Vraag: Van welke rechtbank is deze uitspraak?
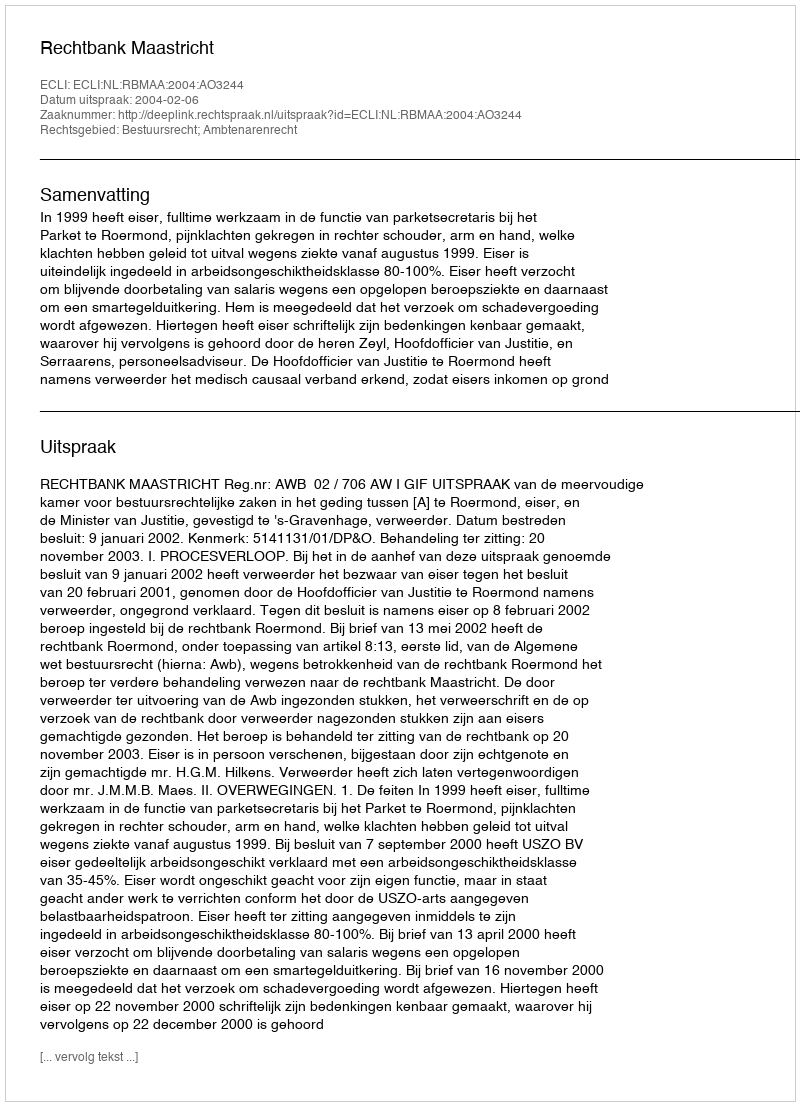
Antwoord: Rechtbank Maastricht